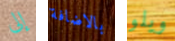
إلى بالاضافة ويلو